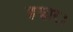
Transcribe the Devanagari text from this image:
हज़ार।